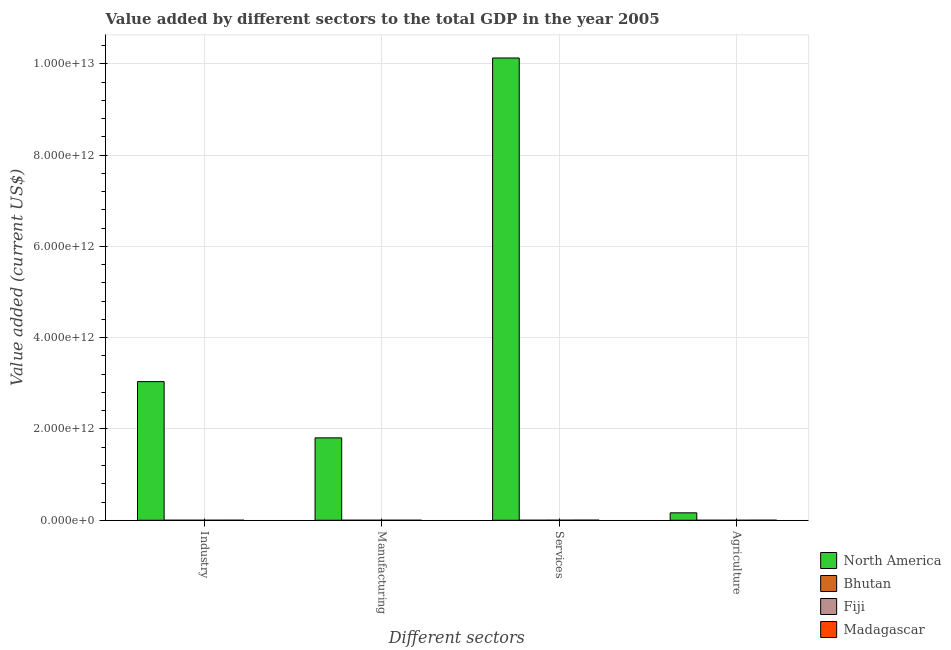
| Different sectors | North America | Bhutan | Fiji | Madagascar |
 | --- | --- | --- | --- | --- |
 | Industry | 3.04e+12 | 2.94e+08 | 4.9e+08 | 7.21e+08 |
 | Manufacturing | 1.81e+12 | 5.83e+07 | 3.64e+08 | 6.4e+08 |
 | Services | 1.01e+13 | 3.12e+08 | 1.71e+09 | 2.56e+09 |
 | Agriculture | 1.63e+11 | 1.83e+08 | 3.6e+08 | 1.29e+09 |